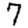
Digit: 7